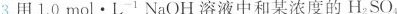
3.用$$1.0 mol· L^{-1} NaOH$$溶液中和某浓度的H_{2}SO_{4}